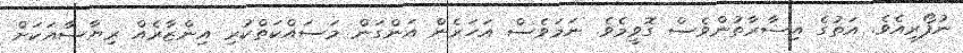
ނުފޯރިއެވެ. އަތުގެ އިޝާރާތުންވެސް ގޮވީމެވެ. ނަމަވެސް އަހަރެން އަންގަން މަސައްކަތްކުރި އިންޒާރެއް ރިޔާސާއަކަށް